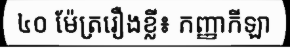
៤០ ម៉ែត្ររឿងខ្លី៖ កញ្ញាកីឡា